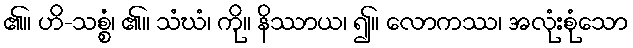
၏။ ဟိ-သစ္စံ၊ ၏။ သံဃံ၊ ကို။ နိဿာယ၊ ၍။ လောကဿ၊ အလုံးစုံသော